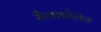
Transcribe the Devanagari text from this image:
मैक्कोलेन